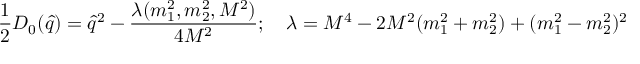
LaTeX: { \frac { 1 } { 2 } } D _ { 0 } ( { \hat { q } } ) = { \hat { q } } ^ { 2 } - { \frac { \lambda ( m _ { 1 } ^ { 2 } , m _ { 2 } ^ { 2 } , M ^ { 2 } ) } { 4 M ^ { 2 } } } ; \quad \lambda = M ^ { 4 } - 2 M ^ { 2 } ( m _ { 1 } ^ { 2 } + m _ { 2 } ^ { 2 } ) + ( m _ { 1 } ^ { 2 } - m _ { 2 } ^ { 2 } ) ^ { 2 }